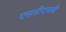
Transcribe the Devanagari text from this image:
एसडीएचबी